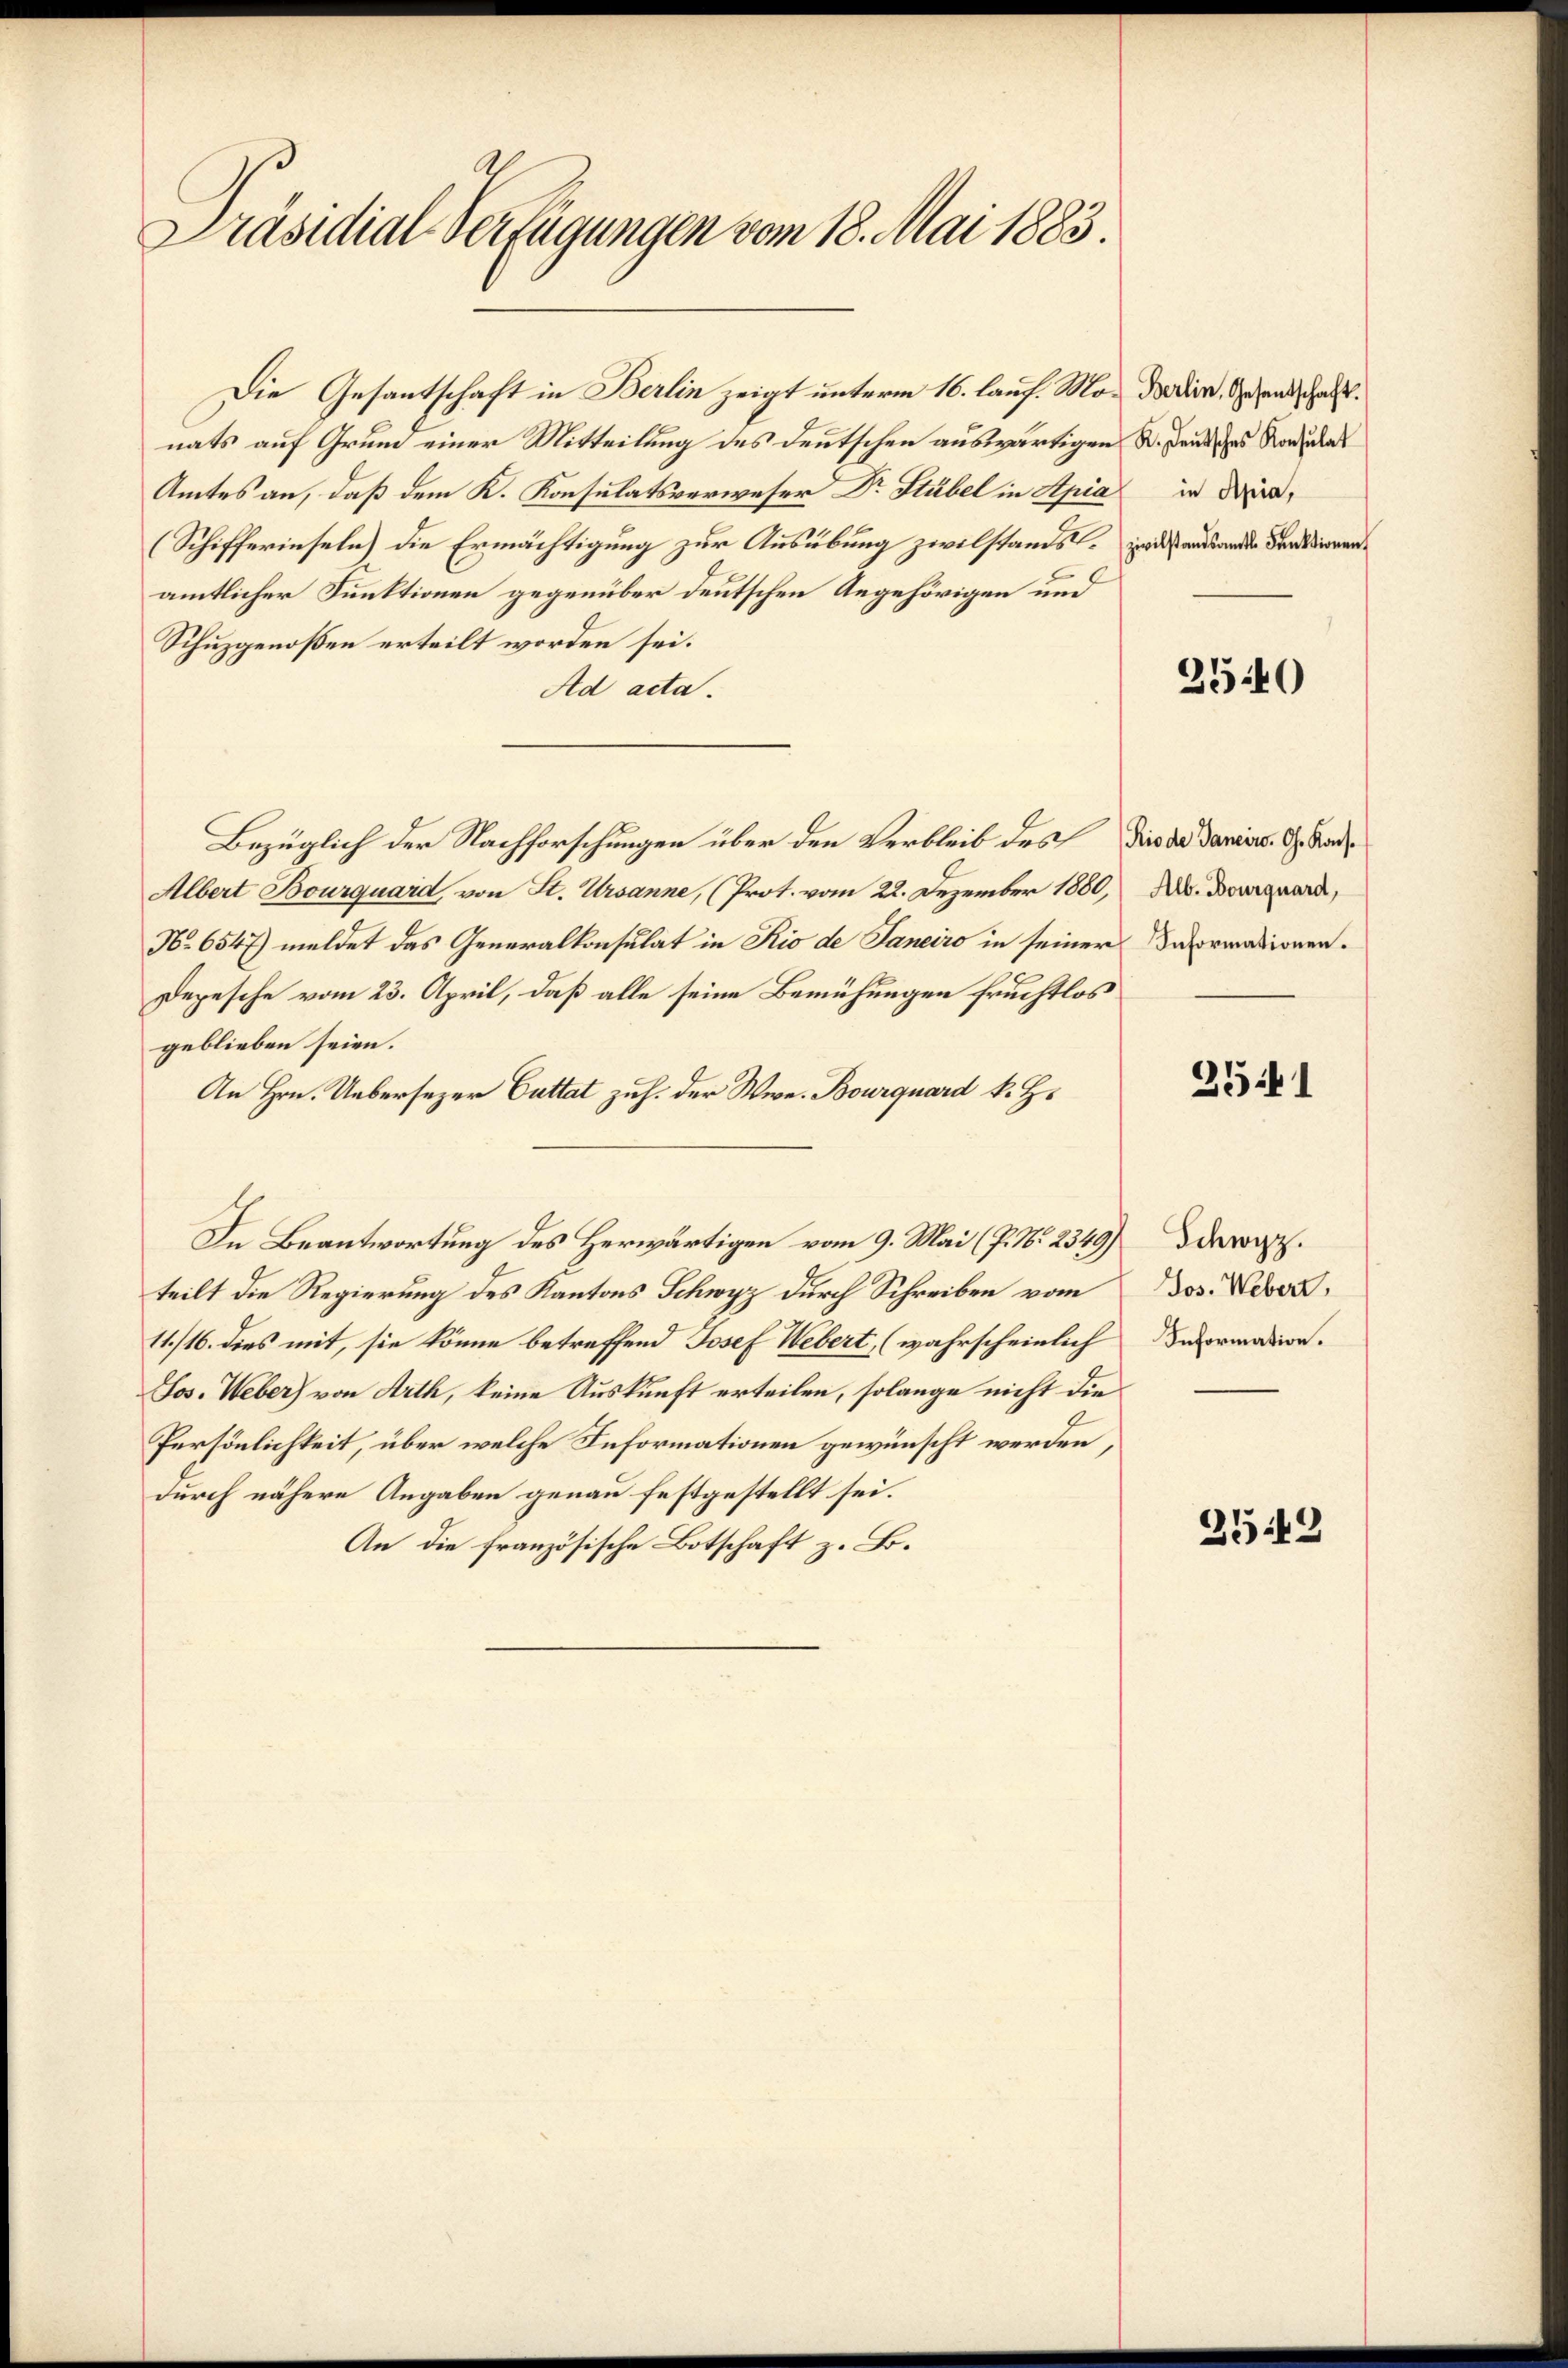
Präsidial-Verfügungen vom 18. Mai 1883

Die Gesantschaft in Berlin zeigt unterm 16. lauf. Mo. Dadier, Gesandschaftnats auf Grund einer Mitteilung des deutschen auswärtigen u. Deutsches Rodulas
Amtes an, daß dem K. Konsulatsverweser Dr. Stübel in Apia
(Schifferinseln) die Ermächtigung zur Ausübung zwilstands. Entstandende Denkierenamtlicher Funktionen gegenüber deutschen Angehörigen und
Schuzgenoßen erteilt worden sei.
Ad acta.
Bezüglich der Nachforschungen über den Verbleib des Dies da daniers. G. Sand¬
Albert Bourquard, von St. Ursanne, (Prot. vom 22. Dezember 1880, A. Bourquard,
No 6547) meldet das Generalkonsulat in Rio de Janeiro in seiner Reformationen.
Depesche vom 23. April, daß alle seine Bemühungen fruchtlos
geblieben seien.
An Hrn. Uebersezer Guttat zu h. der Were Bourquard k. H.
In Beantwortung des Herwärtigen vom 9. Mai (P. Nr. 2349)
teilt die Regierung des Kantons Schwyz durch Schreiben vom
11./16. dies mit, sie könne betreffend Josef Webert, (wahrscheinlich Devormation.
Jos. Weber von Arth, keine Auskunft erteilen, solange nicht die
Persönlichkeit, über welche Informationen gewünscht werden,
durch nähere Angaben genau festgestellt sei.
An die französische Botschaft z. B.

in Apia,

2540

2541

Schwyz.
Jos. Webert,

259